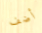
أضف